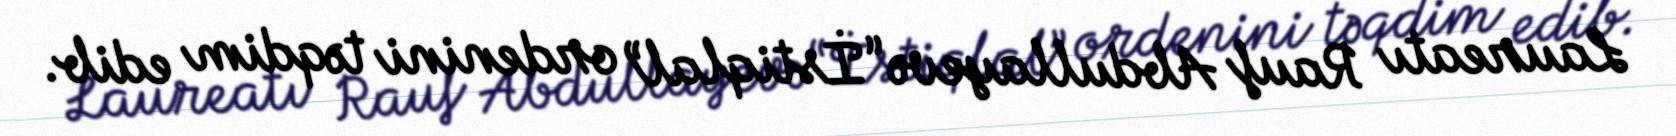
Laureatı Rauf Abdullayevə “İstiqlal” ordenini təqdim edib.